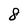
Character: 8